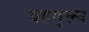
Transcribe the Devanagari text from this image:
बहमूल्य